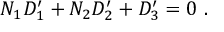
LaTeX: N _ { 1 } D _ { 1 } ^ { \prime } + N _ { 2 } D _ { 2 } ^ { \prime } + D _ { 3 } ^ { \prime } = 0 \ .